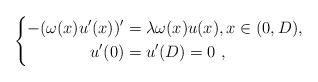
LaTeX: \begin{align*}\left\{\begin{aligned}-(\omega(x)u'(x))' &= \lambda \omega(x) u(x), x \in (0,D),\\u'(0) &= u'(D) = 0\ ,\end{aligned}\right.\end{align*}